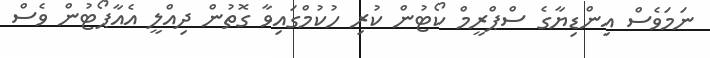
ނަމަވެސް އިންޑިޔާގެ ސްޕްރީމް ކޯޓުން ކުރި ހުކުމްގައިވާ ގޮތުން ދިއްލީ އެއާޕޯޓުން ވެސް